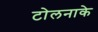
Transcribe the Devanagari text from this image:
टोलनाके